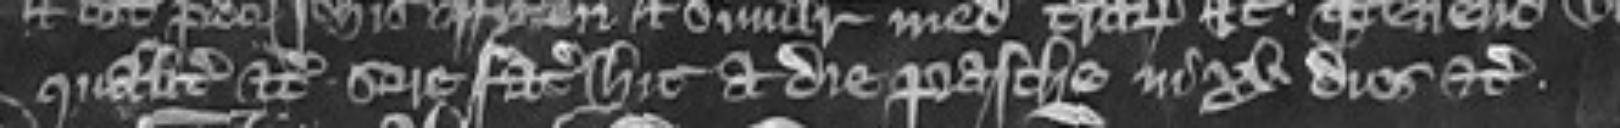
qualiter etc scire faciat hic a die Pasche in xv dies etc